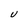
Character: U